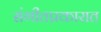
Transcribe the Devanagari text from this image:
संगीतप्रकारात